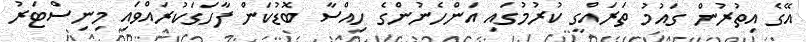
އޭގެ އިތުރުން ގައުމު ތަރައްގީ ކުރުމުގައި އަންހެނުންގެ ހިއްސާ ބޮޑުކަން ފާހަގަކުރައްވައި މިނިސްޓަރު